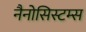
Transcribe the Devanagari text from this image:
नैनोसिस्टम्स